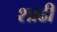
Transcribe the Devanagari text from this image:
शाढी